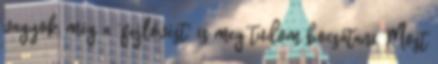
vagyok, még a “fejlövést” is meg tudom bocsátani. Most